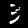
Label: 3